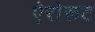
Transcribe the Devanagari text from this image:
ऐरोरूट